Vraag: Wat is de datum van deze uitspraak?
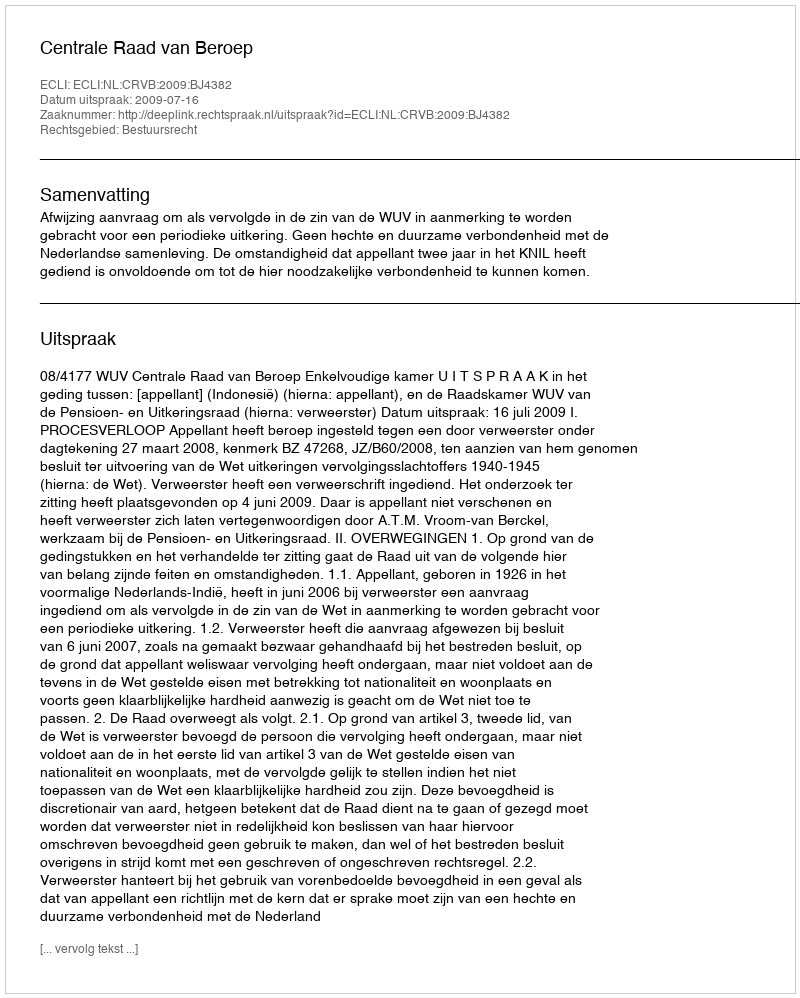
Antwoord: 2009-07-16